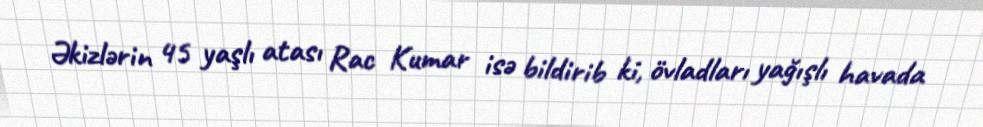
Əkizlərin 45 yaşlı atası Rac Kumar isə bildirib ki, övladları yağışlı havada